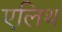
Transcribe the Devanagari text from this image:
एलिथ